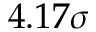
4 . 1 7 \sigma